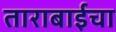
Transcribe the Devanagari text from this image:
ताराबाईचा